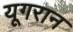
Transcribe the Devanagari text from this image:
यूगरान